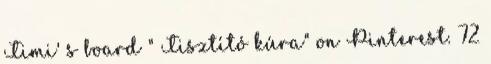
Timi' s board " Tisztító kúra" on Pinterest. 72